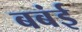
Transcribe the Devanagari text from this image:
बबंई